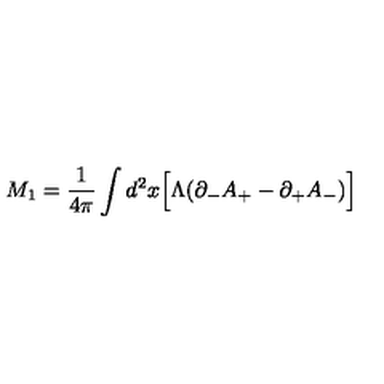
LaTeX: M _ { 1 } = { \frac { 1 } { 4 \pi } } \int d ^ { 2 } x \Big [ \Lambda ( \partial _ { - } A _ { + } - \partial _ { + } A _ { - } ) \Big ]